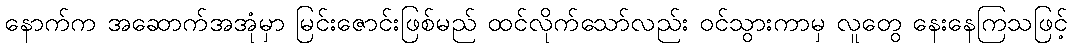
နောက်က အဆောက်အအုံမှာ မြင်းဇောင်းဖြစ်မည် ထင်လိုက်သော်လည်း ဝင်သွားကာမှ လူတွေ နေးနေကြသဖြင့်